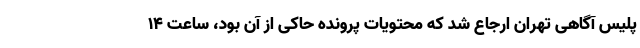
پلیس آگاهی تهران ارجاع شد که محتویات پرونده حاکی از آن بود، ساعت ۱۴